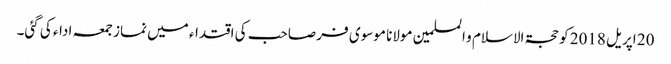
20 اپریل 2018 کو حجۃ الاسلام و المسلمین مولانا موسوی فر صاحب کی اقتداء میں نماز جمعہ ادا‏ء کی گئی۔